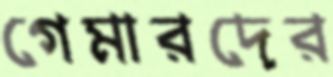
গেমারদের